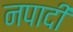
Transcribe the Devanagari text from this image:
नपादी